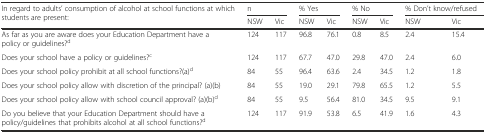
| <ROWSPAN=2> In regard to adults’ consumption of alcohol at school functions at which students are present: | <COLSPAN=2> n | <COLSPAN=2> % Yes | <COLSPAN=2> % No | <COLSPAN=2> % Don’t know/refused |
 | NSW | Vic | NSW | Vic | NSW | Vic | NSW | Vic |
 | --- | --- | --- | --- | --- | --- | --- | --- | --- |
 | As far as you are aware does your Education Department have a policy or guidelines?d | 124 | 117 | 96.8 | 76.1 | 0.8 | 8.5 | 2.4 | 15.4 |
 | Does your school have a policy or guidelines?c | 124 | 117 | 67.7 | 47.0 | 29.8 | 47.0 | 2.4 | 6.0 |
 | Does your school policy prohibit at all school functions?(a)d | 84 | 55 | 96.4 | 63.6 | 2.4 | 34.5 | 1.2 | 1.8 |
 | Does your school policy allow with discretion of the principal? (a)(b) | 84 | 55 | 19.0 | 29.1 | 79.8 | 65.5 | 1.2 | 5.5 |
 | Does your school policy allow with school council approval? (a)(b)d | 84 | 55 | 9.5 | 56.4 | 81.0 | 34.5 | 9.5 | 9.1 |
 | Do you believe that your Education Department should have a policy/guidelines that prohibits alcohol at all school functions?d | 124 | 117 | 91.9 | 53.8 | 6.5 | 41.9 | 1.6 | 4.3 |